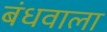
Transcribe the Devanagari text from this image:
बंधवाला